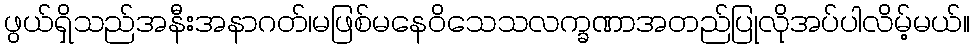
ဖွယ်ရှိသည်အနီးအနာဂတ်၊မဖြစ်မနေဝိသေသလက္ခဏာအတည်ပြုလိုအပ်ပါလိမ့်မယ်။